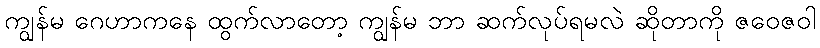
ကျွန်မ ဂေဟာကနေ ထွက်လာတော့ ကျွန်မ ဘာ ဆက်လုပ်ရမလဲ ဆိုတာကို ဇဝေဇဝါ